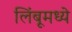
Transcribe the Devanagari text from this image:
लिंबूमध्ये